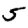
Digit: 5